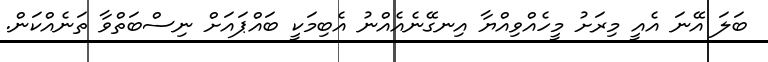
ބަލަ އޭނަ އެއީ މިރަށު މީހެއްވިއްޔާ އިނގޭނެއެއްނު އެބިމަކީ ބައްޕައަށް ނިސްބަތްވާ ތަނެއްކަން.